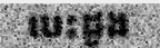
បេះដូង